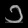
Digit: ၁